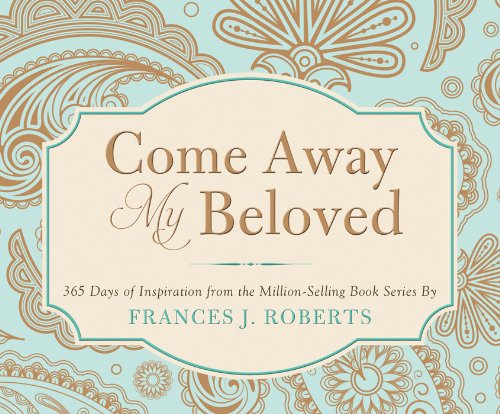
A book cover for COME AWAY MY BELOVED (365 Perpetual Calendars); Frances J. Roberts; Calendars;